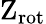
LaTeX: \mathrm{{Z_{rot}}}